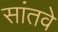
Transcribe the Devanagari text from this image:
सांतवे